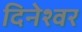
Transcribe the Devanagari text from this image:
दिनेश्वर